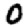
Digit: 0